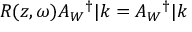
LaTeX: R ( z , \omega ) A _ { W } { } ^ { \dag } | k = A _ { W } { } ^ { \dag } | k